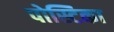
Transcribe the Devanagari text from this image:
पोस्टिका